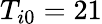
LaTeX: T_{i0}=21